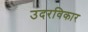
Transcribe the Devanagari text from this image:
उदरविकार